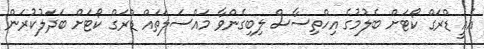
އެއީ ޑްރަގް ކޯޓަށް ބެލުމުގެ އިހްތިސާސް ލިބިގެންވާ މައްސަލަތައް ޑްރަގް ކޯޓަށް ބަދަލުކުރަން